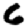
Digit: 6